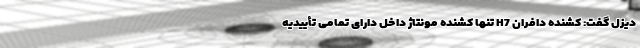
دیزل گفت: کشنده دافران H7 تنها کشنده مونتاژ داخل دارای تمامی تأییدیه